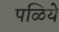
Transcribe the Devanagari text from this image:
पळिये